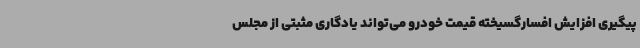
پیگیری افزایش افسارگسیخته قیمت خودرو می‌تواند یادگاری مثبتی از مجلس